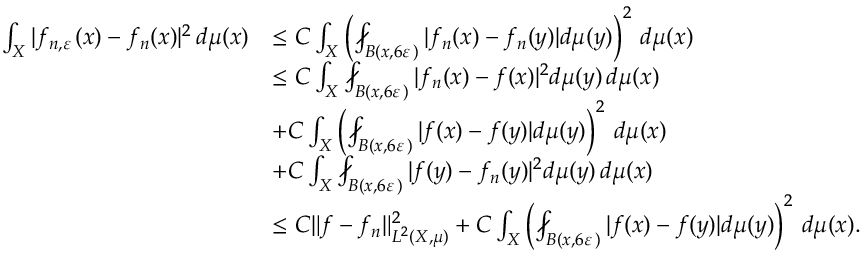
\begin{array} { r l } { \int _ { X } | f _ { n , { \varepsilon } \, } ( x ) - f _ { n } ( x ) | ^ { 2 } \, d \mu ( x ) } & { \le C \int _ { X } \left( \fint _ { B ( x , 6 { \varepsilon } \, ) } | f _ { n } ( x ) - f _ { n } ( y ) | d \mu ( y ) \right) ^ { 2 } \, d \mu ( x ) } \\ & { \leq C \int _ { X } \fint _ { B ( x , 6 { \varepsilon } \, ) } | f _ { n } ( x ) - f ( x ) | ^ { 2 } d \mu ( y ) \, d \mu ( x ) } \\ & { + C \int _ { X } \left( \fint _ { B ( x , 6 { \varepsilon } \, ) } | f ( x ) - f ( y ) | d \mu ( y ) \right) ^ { 2 } \, d \mu ( x ) } \\ & { + C \int _ { X } \fint _ { B ( x , 6 { \varepsilon } \, ) } | f ( y ) - f _ { n } ( y ) | ^ { 2 } d \mu ( y ) \, d \mu ( x ) } \\ & { \le C \| f - f _ { n } \| _ { L ^ { 2 } ( X , \mu ) } ^ { 2 } + C \int _ { X } \left( \fint _ { B ( x , 6 { \varepsilon } \, ) } | f ( x ) - f ( y ) | d \mu ( y ) \right) ^ { 2 } \, d \mu ( x ) . } \end{array}